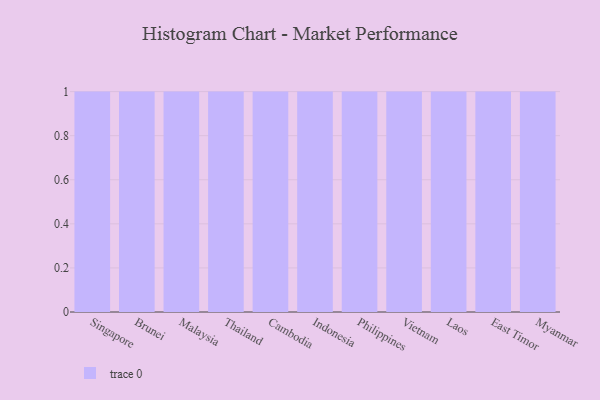
{"axis": {"x": "Country", "y": "Temperature (°C)"}, "legend": [""], "data": [{"x": "Singapore", "y": 76, "type": ""}, {"x": "Brunei", "y": 44, "type": ""}, {"x": "Malaysia", "y": 3, "type": ""}, {"x": "Thailand", "y": 20, "type": ""}, {"x": "Cambodia", "y": 5, "type": ""}, {"x": "Indonesia", "y": 59, "type": ""}, {"x": "Philippines", "y": 48, "type": ""}, {"x": "Vietnam", "y": 55, "type": ""}, {"x": "Laos", "y": 94, "type": ""}, {"x": "East Timor", "y": 90, "type": ""}, {"x": "Myanmar", "y": 65, "type": ""}]}